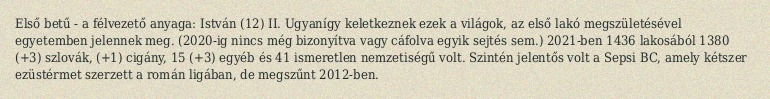
Első betű - a félvezető anyaga: István (12) II. Ugyanígy keletkeznek ezek a világok, az első lakó megszületésével egyetemben jelennek meg. (2020-ig nincs még bizonyítva vagy cáfolva egyik sejtés sem.) 2021-ben 1436 lakosából 1380 (+3) szlovák, (+1) cigány, 15 (+3) egyéb és 41 ismeretlen nemzetiségű volt. Szintén jelentős volt a Sepsi BC, amely kétszer ezüstérmet szerzett a román ligában, de megszűnt 2012-ben.